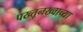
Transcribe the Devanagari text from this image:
पख्तूनख्वाच्या